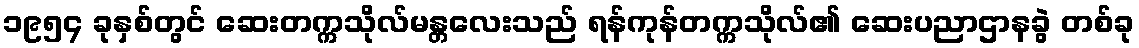
၁၉၅၄ ခုနှစ်တွင် ဆေးတက္ကသိုလ်မန္တလေးသည် ရန်ကုန်တက္ကသိုလ်၏ ဆေးပညာဌာနခွဲ တစ်ခု